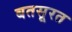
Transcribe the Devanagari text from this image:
बतसूरत